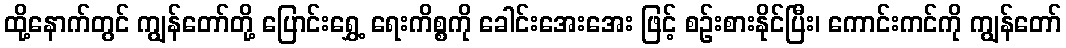
ထို့နောက်တွင် ကျွန်တော်တို့ ပြောင်းရွှေ့ ရေးကိစ္စကို ခေါင်းအေးအေး ဖြင့် စဉ်းစားနိုင်ပြီး၊ ကောင်းကင်ကို ကျွန်တော်